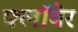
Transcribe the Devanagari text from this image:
फ्लॉबेर